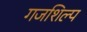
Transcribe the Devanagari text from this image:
गजशिल्प